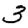
Digit: 3